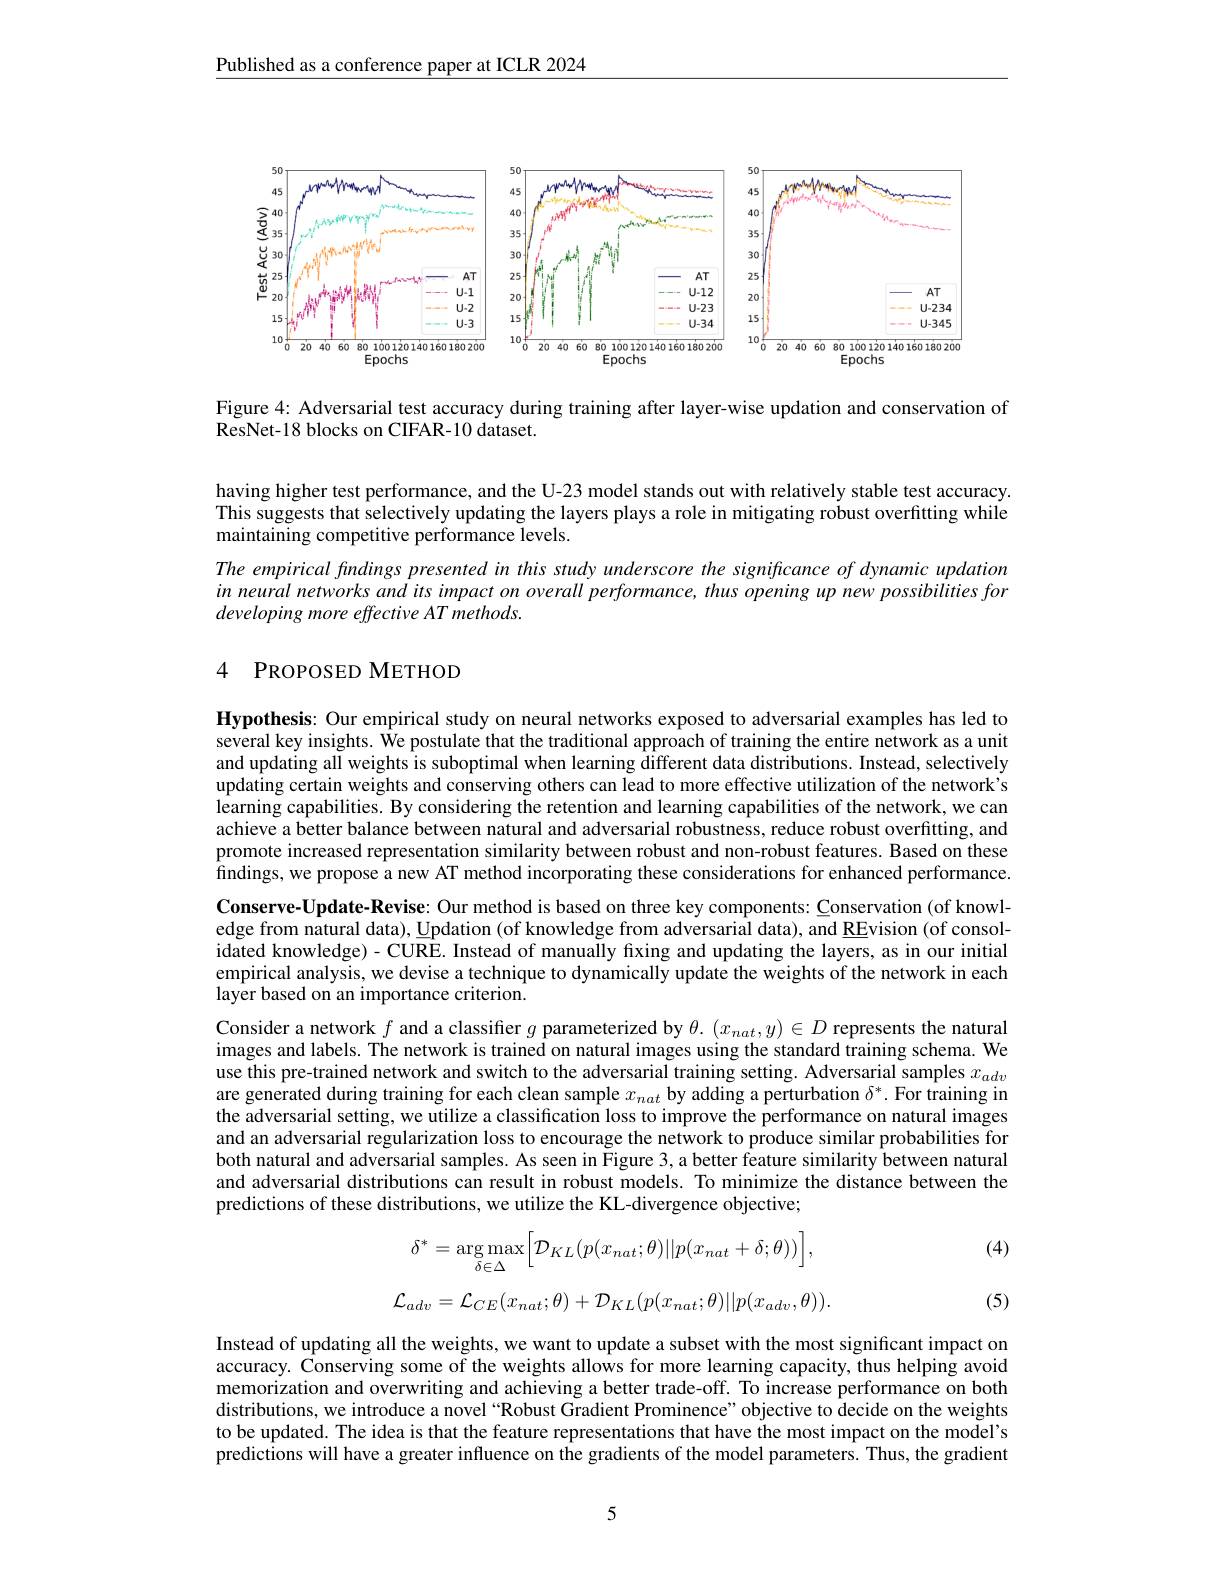
Published as a conference paper at ICLR 2024

<FigureHere>

Figure 4: Adversarial test accuracy during training after layer-wise updation and conservation of
ResNet-18 blocks on CIFAR-10 dataset.

having higher test performance, and the U-23 model stands out with relatively stable test accuracy. This suggests that selectively updating the layers plays a role in mitigating robust overfitting while maintaining competitive performance levels.

The empirical findings presented in this study underscore the significance of dynamic updation in neural networks and its impact on overall performance, thus opening up new possibilities for developing more effective AT methods.

## 4 PROPOSED METHOD

Hypothesis: Our empirical study on neural networks exposed to adversarial examples has led to several key insights. We postulate that the traditional approach of training the entire network as a unit and updating all weights is suboptimal when learning different data distributions. Instead, selectively updating certain weights and conserving others can lead to more effective utilization of the network's learning capabilities. By considering the retention and learning capabilities of the network, we can achieve a better balance between natural and adversarial robustness, reduce robust overfitting, and promote increased representation similarity between robust and non-robust features. Based on these findings, we propose a new AT method incorporating these considerations for enhanced performance. Conserve-Update-Revise: Our method is based on three key components: Conservation (of knowledge from natural data), $\underline{\text{Updation(ofknowledgefromadversarialdata),andREvision(ofconsol-}}$ idated knowledge) - CURE. Instead of manually fixing and updating the layers, as in our initial empirical analysis, we devise a technique to dynamically update the weights of the network in each layer based on an importance criterion.
Consider a network $f$ and a classifier $g$ parameterized by $\theta.(x_{nat},y)\in D$ represents the natural images and labels. The network is trained on natural images using the standard training schema. We use this pre-trained network and switch to the adversarial training setting. Adversarial samples $x_{adv}$ are generated during training for each clean sample $x_{nat}$ by adding a perturbation $\delta^*.$ For training in the adversarial setting, we utilize a classification loss to improve the performance on natural images and an adversarial regularization loss to encourage the network to produce similar probabilities for both natural and adversarial samples. As seen in Figure 3, a better feature similarity between natural and adversarial distributions can result in robust models. To minimize the distance between the predictions of these distributions, we utilize the KL-divergence objective;

(4)
$$\delta^*=\arg\max_{\delta\in\Delta}\Big[\mathcal{D}_{KL}(p(x_{nat};\theta)||p(x_{nat}+\delta;\theta))\Big],$$
$$\mathcal{L}_{adv}=\mathcal{L}_{CE}(x_{nat};\theta)+\mathcal{D}_{KL}(p(x_{nat};\theta)||p(x_{adv},\theta)).$$
(5)

Instead of updating all the weights, we want to update a subset with the most significant impact on accuracy. Conserving some of the weights allows for more learning capacity, thus helping avoid memorization and overwriting and achieving a better trade-off. To increase performance on both distributions, we introduce a novel “Robust Gradient Prominence” objective to decide on the weights to be updated. The idea is that the feature representations that have the most impact on the model's predictions will have a greater influence on the gradients of the model parameters. Thus, the gradient

5